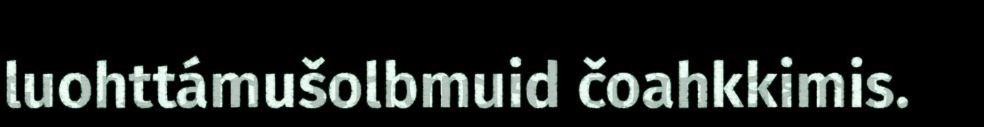
luohttámušolbmuid čoahkkimis.